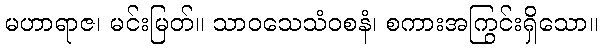
မဟာရာဇ၊ မင်းမြတ်။ သာဝသေသံဝစနံ၊ စကားအကြွင်းရှိသော။